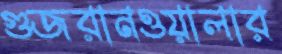
গুজরানওয়ালার